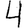
Digit: 4